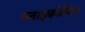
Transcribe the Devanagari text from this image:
ग्लाइकोसिल